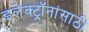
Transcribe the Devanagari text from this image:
इलेक्ट्रॉनांसाठी